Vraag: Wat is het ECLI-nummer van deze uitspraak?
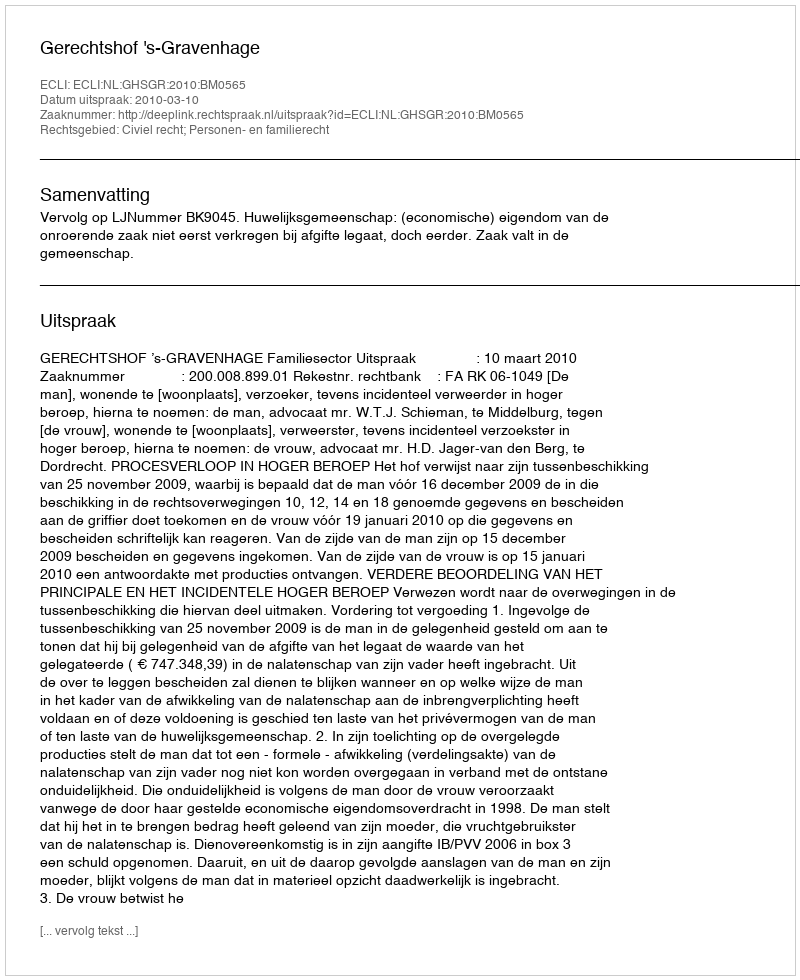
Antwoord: ECLI:NL:GHSGR:2010:BM0565